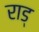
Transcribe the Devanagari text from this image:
राड्